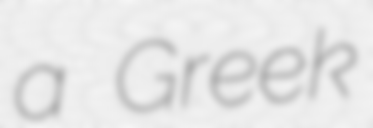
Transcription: a Greek